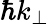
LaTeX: \hbar k_{\perp}